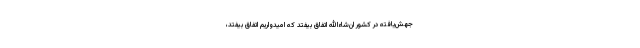
جهش‌یافته در کشور ان‌شاءالله اتّفاق بیفتد که امیدواریم اتّفاق بیفتد،